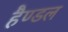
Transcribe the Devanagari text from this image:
हैण्डल